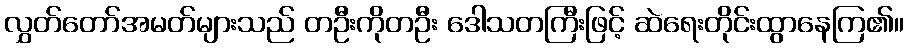
လွှတ်တော်အမတ်များသည် တဦးကိုတဦး ဒေါသတကြီးဖြင့် ဆဲရေးတိုင်းထွာနေကြ၏။